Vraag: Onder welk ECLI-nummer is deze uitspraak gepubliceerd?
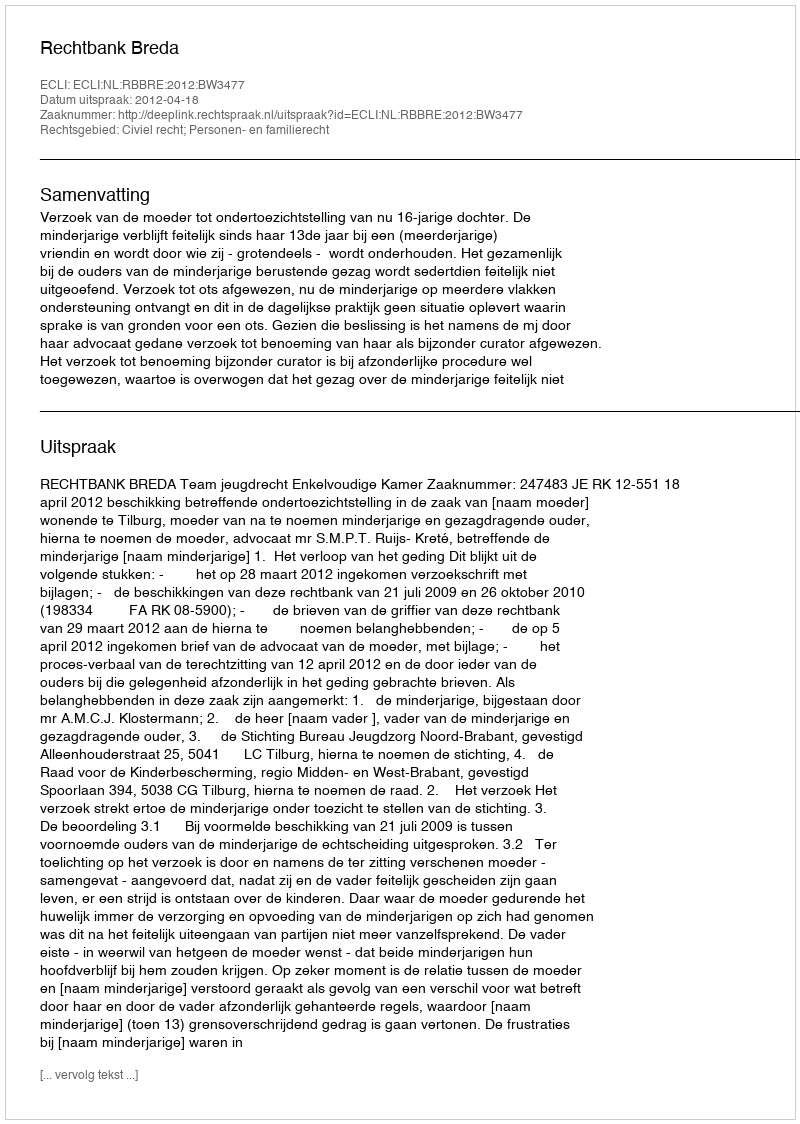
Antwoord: ECLI:NL:RBBRE:2012:BW3477